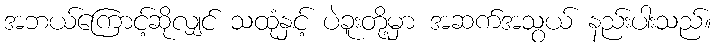
အဘယ်ကြောင့်ဆိုလျှင် သထုံနှင့် ပဲခူးတို့မှာ အဆက်အသွယ် နည်းပါးသည်။